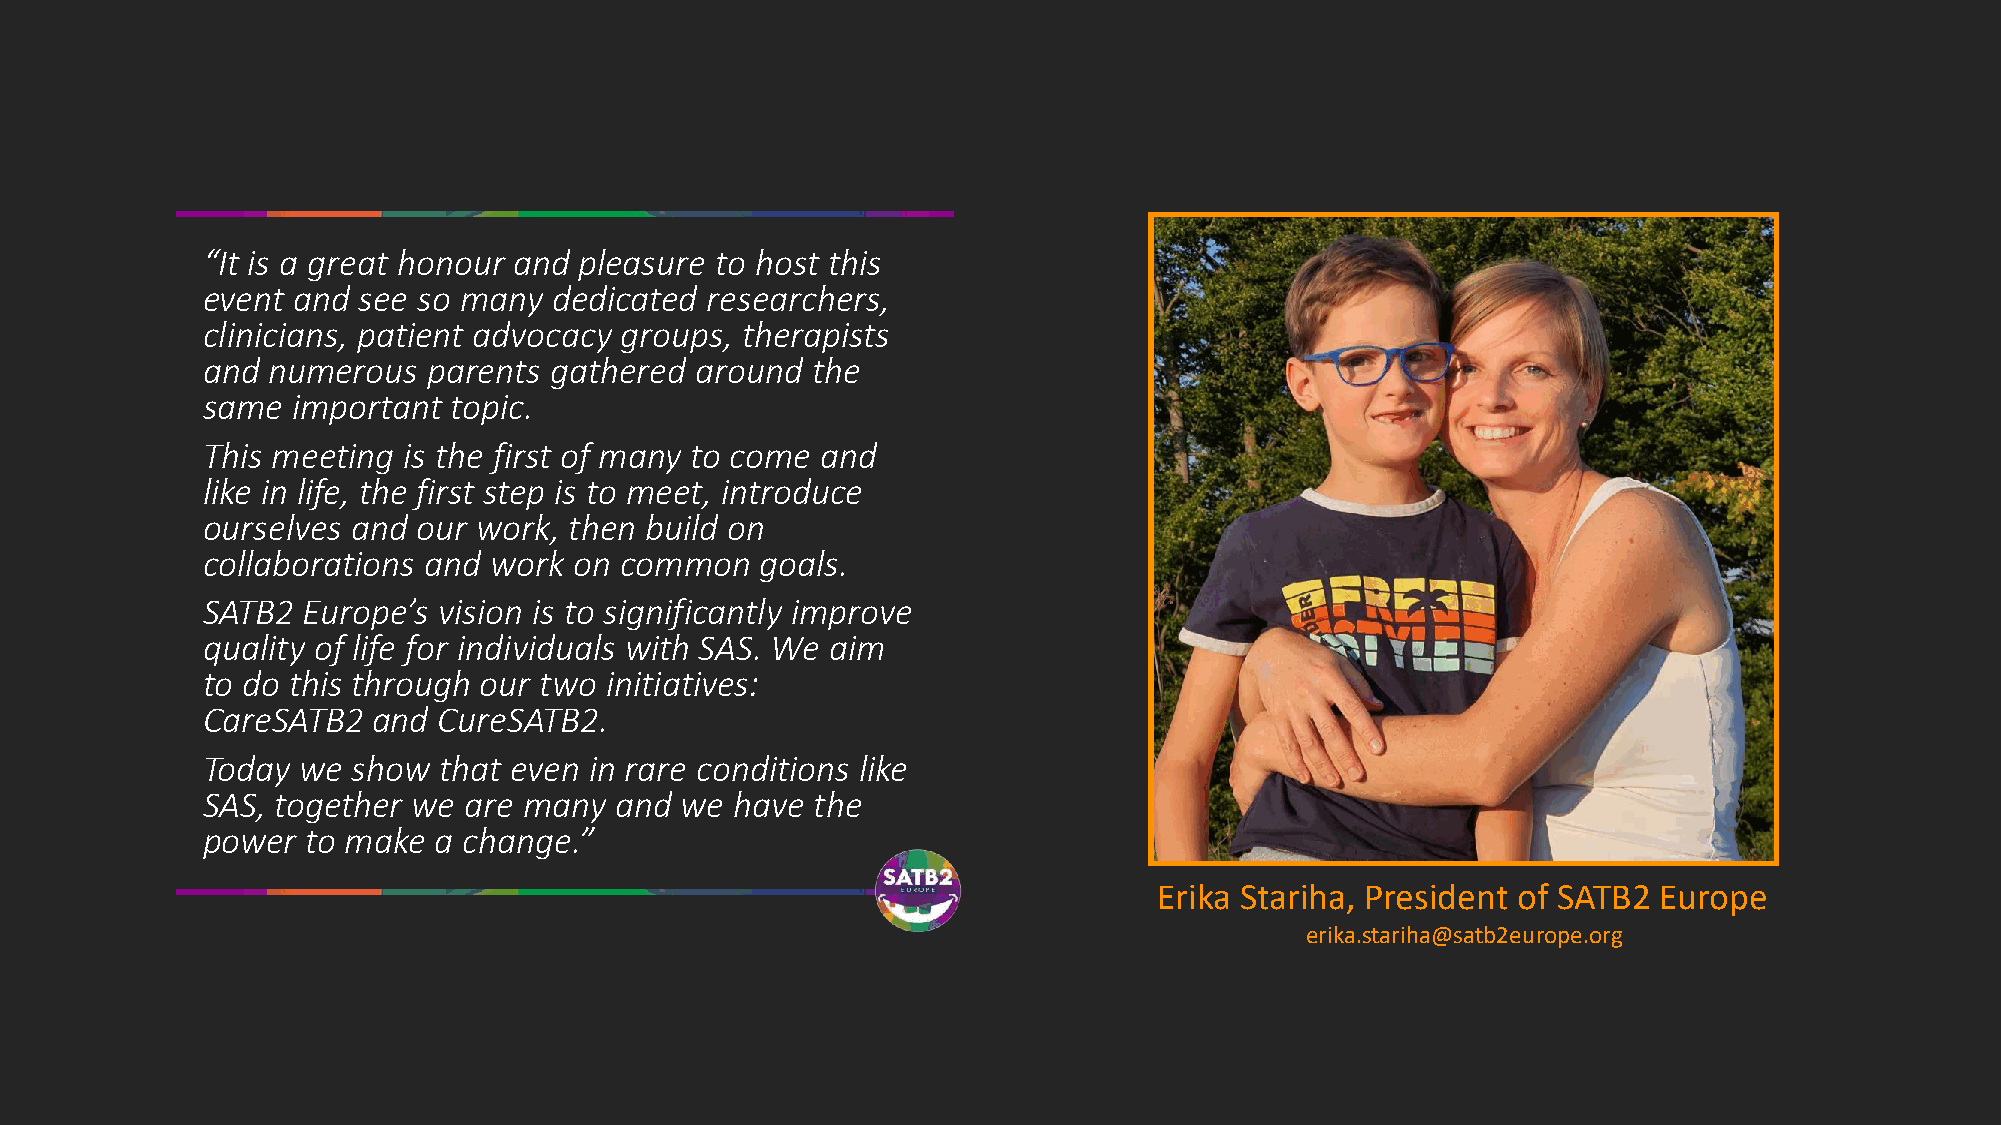
“It is a great honour and pleasure to host this
 event and  see so many  dedicated researchers,
 clinicians, patient advocacy groups, therapists
 and  numerous  parents gathered  around  the
 same  important  topic.
 This meeting  is the first of many to come and
 like in life, the first step is to meet, introduce
 ourselves and  our work, then build on
 collaborations and work  on common   goals.
 SATB2  Europe’s vision is to significantly improve
 quality of life for individuals with SAS. We aim
 to do this through our two initiatives:
 CareSATB2   and CureSATB2.
 Today  we show  that even in rare conditions like
 SAS, together we  are many  and we  have the
 power  to make  a change.”
 Erika Stariha, President of SATB2 Europe
 erika.stariha@satb2europe.org